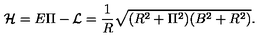
\mathcal { H } = E \Pi - \mathcal { L } = \frac { 1 } { R } \sqrt { ( R ^ { 2 } + \Pi ^ { 2 } ) ( B ^ { 2 } + R ^ { 2 } ) } .